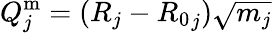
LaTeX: Q_{j}^{\mathrm{m}}=(R_{j}-{R_{0}}_{j})\sqrt{m_{j}}